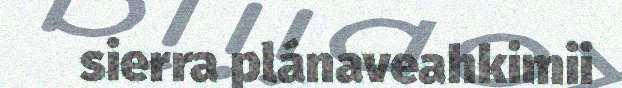
sierra plánaveahkimii